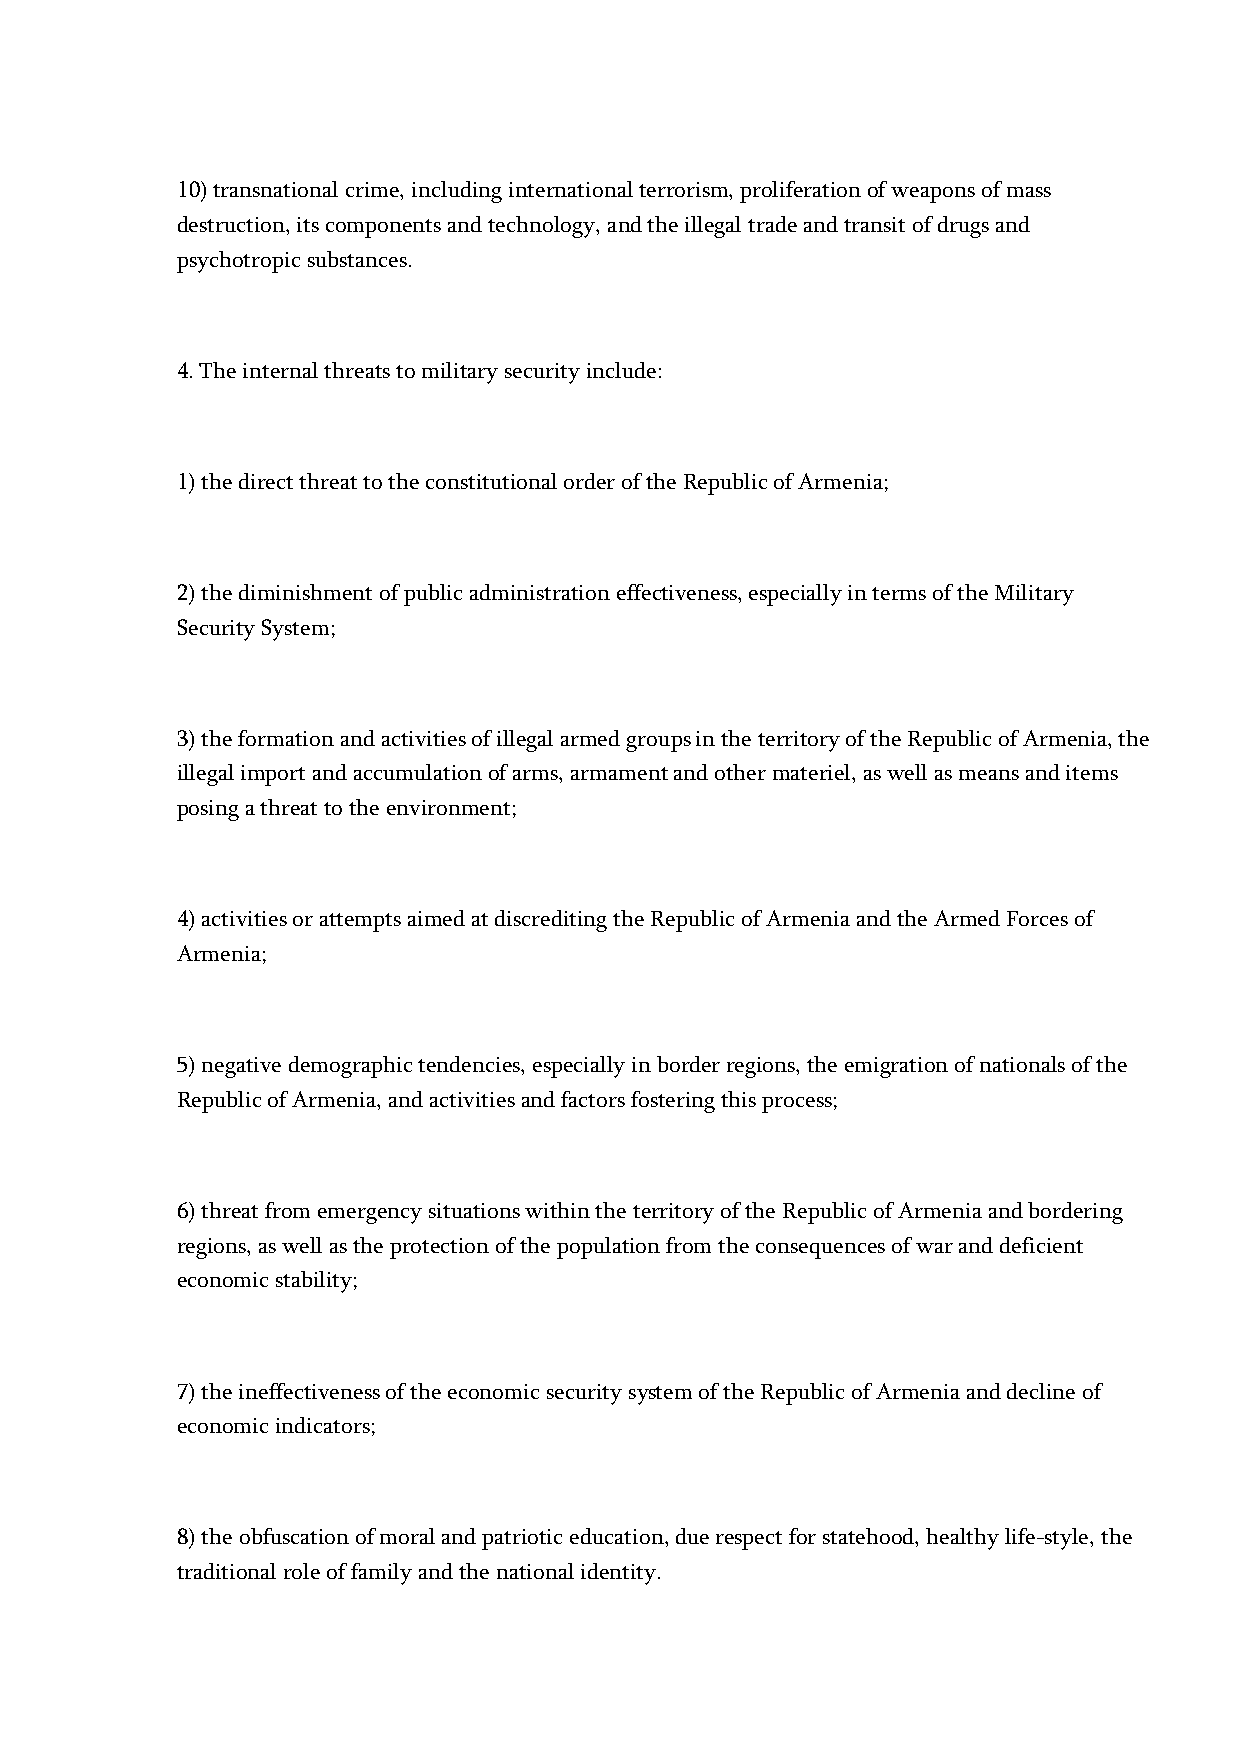
10) transnational crime, including international terrorism, proliferation of weapons of mass
 destruction, its components and technology, and the illegal trade and transit of drugs and
 psychotropic substances.
 4. The internal threats to military security include:
 1) the direct threat to the constitutional order of the Republic of Armenia;
 2) the diminishment of public administration effectiveness, especially in terms of the Military
 Security System;
 3) the formation and activities of illegal armed groups in the territory of the Republic of Armenia, the
 illegal import and accumulation of arms, armament and other materiel, as well as means and items
 posing a threat to the environment;
 4) activities or attempts aimed at discrediting the Republic of Armenia and the Armed Forces of
 Armenia;
 5) negative demographic tendencies, especially in border regions, the emigration of nationals of the
 Republic of Armenia, and activities and factors fostering this process;
 6) threat from emergency situations within the territory of the Republic of Armenia and bordering
 regions, as well as the protection of the population from the consequences of war and deficient
 economic stability;
 7) the ineffectiveness of the economic security system of the Republic of Armenia and decline of
 economic indicators;
 8) the obfuscation of moral and patriotic education, due respect for statehood, healthy life-style, the
 traditional role of family and the national identity.